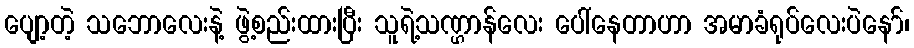
ပျော့တဲ့ သဘောလေးနဲ့ ဖွဲ့စည်းထားပြီး သူရဲ့သဏ္ဌာန်လေး ပေါ်နေတာဟာ အမာခံရုပ်လေးပဲနော်၊